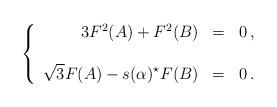
LaTeX: \begin{align*}\left\{ \begin{array}{rcl}3F^{2}(A) +F^{2}(B) & = & 0\, ,\\& & \\\sqrt{3}F(A)-s(\alpha){}^{\star}F(B) & = & 0\, .\\ \end{array}\right.\end{align*}